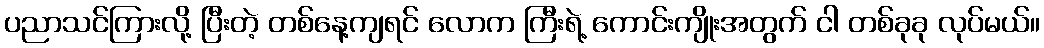
ပညာသင်ကြားလို့ ပြီးတဲ့ တစ်နေ့ကျရင် လောက ကြီးရဲ့ ကောင်းကျိုးအတွက် ငါ တစ်ခုခု လုပ်မယ်။